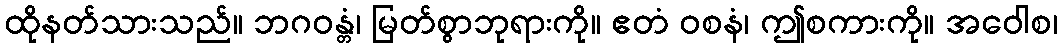
ထိုနတ်သားသည်။ ဘဂဝန္တံ၊ မြတ်စွာဘုရားကို။ ဧတံ ဝစနံ၊ ဤစကားကို။ အဝေါစ၊